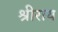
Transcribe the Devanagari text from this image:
श्रीराय